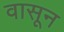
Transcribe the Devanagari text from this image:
वासून